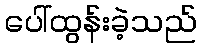
ပေါ်ထွန်းခဲ့သည်